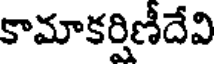
కామాకర్షిణీదేవి